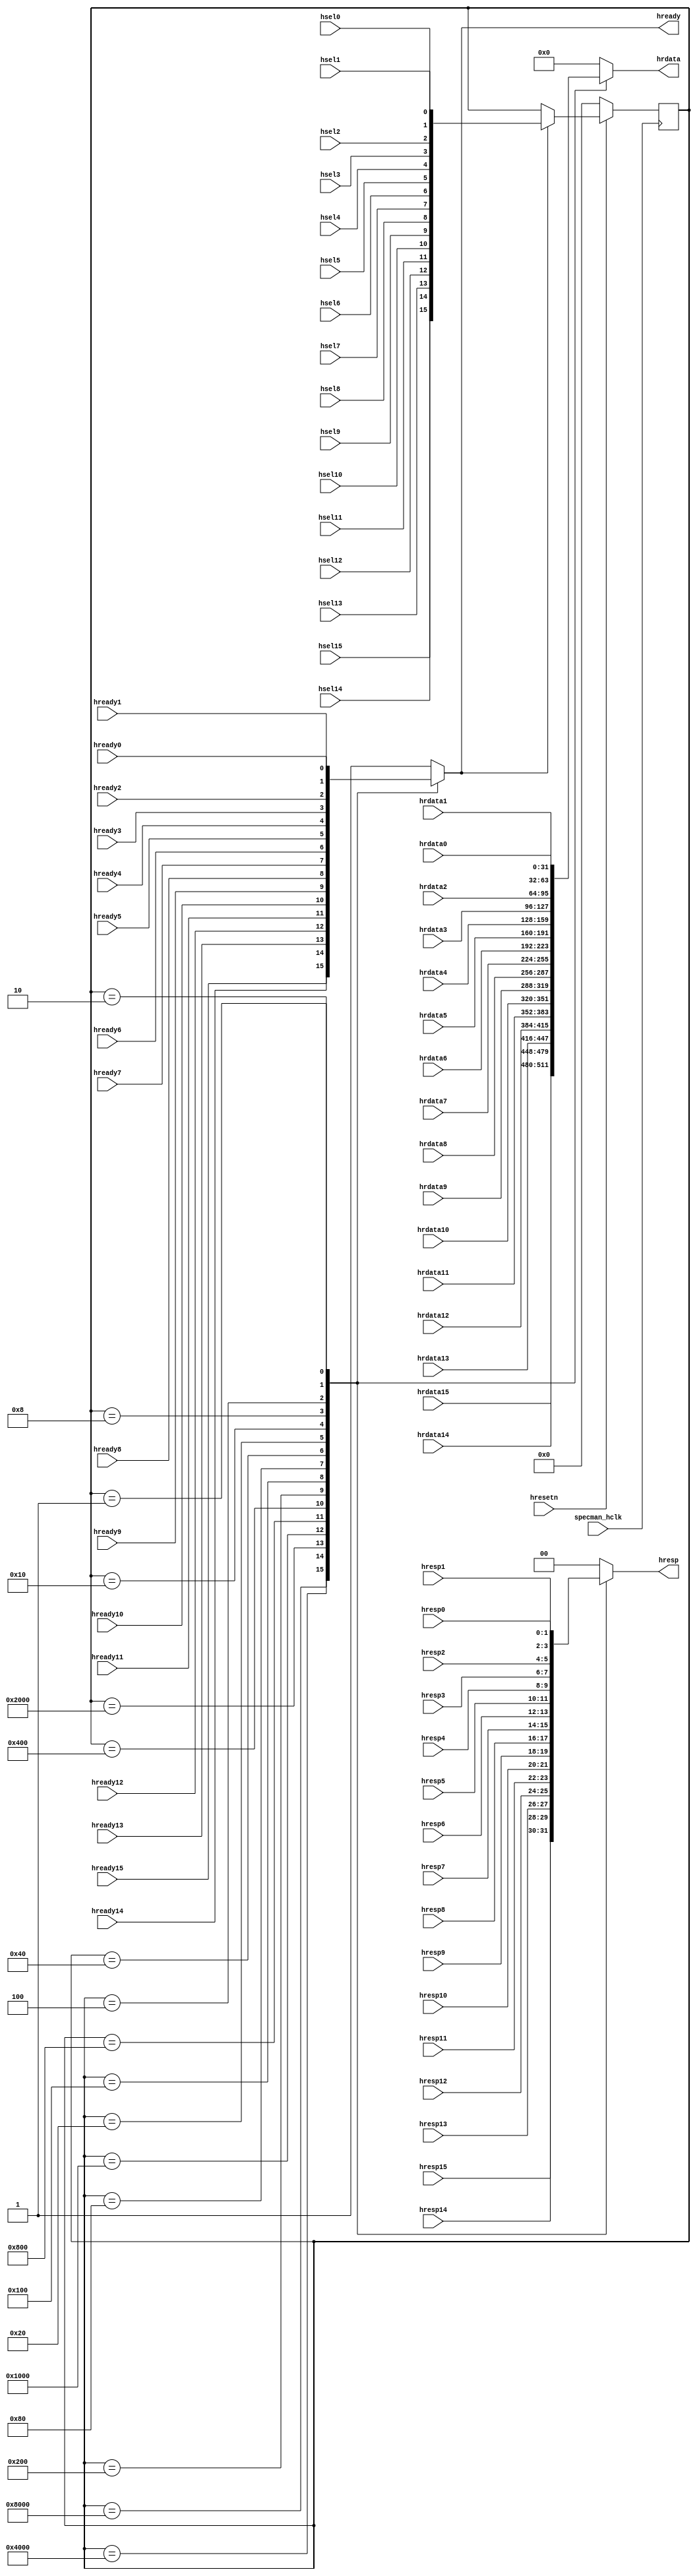
/*-------------------------------------------------------------------------
File name   : slave_mux.v
Title       : Slave Mux
Project     : APB subsystem
Created     : November 2010
Description : Slave Mux Block

Notes       : 
-------------------------------------------------------------------------*/
//   Copyright 1999-2010 Cadence Design Systems, Inc.
//   All Rights Reserved Worldwide
//
//   Licensed under the Apache License, Version 2.0 (the
//   "License"); you may not use this file except in
//   compliance with the License.  You may obtain a copy of
//   the License at
//
//   http://www.apache.org/licenses/LICENSE-2.0
//
//   Unless required by applicable law or agreed to in
//   writing, software distributed under the License is
//   distributed on an "AS IS" BASIS, WITHOUT WARRANTIES OR
//   CONDITIONS OF ANY KIND, either express or implied.  See
//   the License for the specific language governing
//   permissions and limitations under the License.
//----------------------------------------------------------------------

`timescale 1ns/10ps

// ahb_verilog.v

`define AHB_DATA_WIDTH          32              // AHB bus data width [32/64]
`define AHB_ADDR_WIDTH          32              // AHB bus address width [32/64]
`define AHB_DATA_MAX_BIT        31              // MUST BE: AHB_DATA_WIDTH - 1
`define AHB_ADDRESS_MAX_BIT     31              // MUST BE: AHB_ADDR_WIDTH - 1


`define DEFAULT_HREADY_VALUE    1'b1                    // Ready Asserted
`define DEFAULT_HRESP_VALUE     2'b00                   // OKAY Response
`define DEFAULT_HRDATA_VALUE    {`AHB_DATA_WIDTH{1'b0}} // All zeros




module slave_mux(//output
           hready,hresp,hrdata,
           //input
           hready0,hready1,hready2,hready3,hready4, 
           hready5,hready6,hready7,hready8, 
           hready9,hready10,hready11,hready12, 
           hready13,hready14,hready15,
           hresp0,hresp1,hresp2,hresp3,hresp4,hresp5, 
           hresp6,hresp7,hresp8,hresp9,hresp10, 
           hresp11,hresp12,hresp13,hresp14,hresp15,
           hrdata0,hrdata1,hrdata2,hrdata3,hrdata4,hrdata5, 
           hrdata6,hrdata7,hrdata8,hrdata9,hrdata10, 
           hrdata11,hrdata12,hrdata13,hrdata14,hrdata15,
           hsel0,hsel1,hsel2,hsel3,hsel4,
           hsel5,hsel6,hsel7,hsel8,hsel9,
           hsel10,hsel11,hsel12,hsel13,hsel14,hsel15,specman_hclk,hresetn );

   
        
   // AHB Slave Pre-Multiplexed Signals

  input  hready0 , hready1 , hready2 , hready3 ;
  input  hready4 , hready5 , hready6 , hready7 ;
  input  hready8 , hready9 , hready10, hready11;   
  input  hready12, hready13, hready14, hready15;

  input  [1:0] hresp0 , hresp1 , hresp2 , hresp3 ;
  input  [1:0] hresp4 , hresp5 , hresp6 , hresp7 ;
  input  [1:0] hresp8 , hresp9 , hresp10, hresp11;   
  input  [1:0] hresp12, hresp13, hresp14, hresp15;
  
  input  [`AHB_DATA_MAX_BIT:0] hrdata0 , hrdata1 , hrdata2 , hrdata3 ;
  input  [`AHB_DATA_MAX_BIT:0] hrdata4 , hrdata5 , hrdata6 , hrdata7 ;
  input  [`AHB_DATA_MAX_BIT:0] hrdata8 , hrdata9 , hrdata10, hrdata11;   
  input  [`AHB_DATA_MAX_BIT:0] hrdata12, hrdata13, hrdata14, hrdata15;

  //input  [15:0]  sel_reg;

  input hsel0 , hsel1 , hsel2 , hsel3;
  input hsel4 , hsel5 , hsel6 , hsel7;
  input hsel8 , hsel9 , hsel10 , hsel11;
  input hsel12 , hsel13 , hsel14 , hsel15;
 
  input specman_hclk;
  input hresetn;

  output       hready; 
  output [1:0] hresp;
  output [`AHB_DATA_MAX_BIT:0] hrdata;


  wire   hready0 , hready1 , hready2 , hready3 ;
  wire   hready4 , hready5 , hready6 , hready7 ;
  wire   hready8 , hready9 , hready10, hready11;   
  wire   hready12, hready13, hready14, hready15;

  wire   [1:0] hresp0 , hresp1 , hresp2 , hresp3 ;
  wire   [1:0] hresp4 , hresp5 , hresp6 , hresp7 ;
  wire   [1:0] hresp8 , hresp9 , hresp10, hresp11;   
  wire   [1:0] hresp12, hresp13, hresp14, hresp15;
  
  wire   [`AHB_DATA_MAX_BIT:0] hrdata0 , hrdata1 , hrdata2 , hrdata3 ;
  wire   [`AHB_DATA_MAX_BIT:0] hrdata4 , hrdata5 , hrdata6 , hrdata7 ;
  wire   [`AHB_DATA_MAX_BIT:0] hrdata8 , hrdata9 , hrdata10, hrdata11;   
  wire   [`AHB_DATA_MAX_BIT:0] hrdata12, hrdata13, hrdata14, hrdata15;

  wire   specman_hclk;
  wire   hresetn;
  
  reg       hready;
  reg [1:0] hresp; 
  reg [`AHB_DATA_MAX_BIT:0]  hrdata;

  reg [15:0] sel_reg;

  
  always @ ( posedge specman_hclk )
    begin : DATA_MUX_CONTROL
      
      if ( hresetn == 1'b0 )
      begin
        sel_reg     <= 16'h0000;
      end // if ( !hreset_n )
     else
      if ( hready == 1'b1 )
      begin
	sel_reg <= { hsel15, hsel14, hsel13, hsel12,
                     hsel11, hsel10, hsel9,  hsel8,
                     hsel7,  hsel6,  hsel5,  hsel4,
                     hsel3,  hsel2,  hsel1,  hsel0 };
      end // if ( hready )
    end // block: DATA_MUX_CONTROL



 // Slave response multiplexor
  
  always @ ( hready0  or hready1  or hready2  or hready3  or
	     hready4  or hready5  or hready6  or hready7  or
	     hready8  or hready9  or hready10 or hready11 or
	     hready12 or hready13 or hready14 or hready15 or

	     hresp0  or hresp1  or hresp2  or hresp3  or
	     hresp4  or hresp5  or hresp6  or hresp7  or
	     hresp8  or hresp9  or hresp10 or hresp11 or
	     hresp12 or hresp13 or hresp14 or hresp15 or

	     hrdata0  or hrdata1  or hrdata2  or hrdata3  or
	     hrdata4  or hrdata5  or hrdata6  or hrdata7  or
	     hrdata8  or hrdata9  or hrdata10 or hrdata11 or
	     hrdata12 or hrdata13 or hrdata14 or hrdata15 or
	     
             sel_reg )
    
  begin : SLAVE_RESPONSE_MUX
	
    case ( sel_reg )
      
      16'h8000 : begin
	
	hready <= hready15; 
	hresp  <= hresp15;
	hrdata <= hrdata15;

      end // case: 16'h8000
      
      16'h4000 : begin
	
	hready <= hready14;
	hresp  <= hresp14;
     	hrdata <= hrdata14;

      end // case: 16'h4000
      
      16'h2000 : begin
	
	hready <= hready13;
	hresp  <= hresp13;
      	hrdata <= hrdata13;

      end // case: 16'h2000
      
      16'h1000 : begin
	
	hready <= hready12;
	hresp  <= hresp12;
      	hrdata <= hrdata12;

      end // case: 16'h1000
      
      16'h0800 : begin 
	
	hready <= hready11;
	hresp  <= hresp11;
      	hrdata <= hrdata11;

      end // case: 16'h0800
      
      16'h0400 : begin
	
	hready <= hready10;
	hresp  <= hresp10;
	hrdata <= hrdata10;

      end // case: 16'h0400
      
      16'h0200 : begin
	
	hready <= hready9;
	hresp  <= hresp9;
      	hrdata <= hrdata9;

      end // case: 16'h0200
      
      16'h0100 : begin
	
	hready <= hready8;
	hresp  <= hresp8;
	hrdata <= hrdata8;

      end // case: 16'h0100
      
      16'h0080 : begin
	
	hready <= hready7;
	hresp  <= hresp7;
	hrdata <= hrdata7;

      end // case: 16'h0080
      
      16'h0040 : begin
	
	hready <= hready6;
	hresp  <= hresp6;
	hrdata <= hrdata6;

      end // case: 16'h0040
      
      16'h0020 : begin 
	
	hready <= hready5;
	hresp  <= hresp5;
	hrdata <= hrdata5;
      
      end // case: 16'h0020
      
      16'h0010 : begin

	hready <= hready4;
	hresp  <= hresp4;
	hrdata <= hrdata4;

      end // case: 16'h0010
      
      16'h0008 : begin 
	
	hready <= hready3;
	hresp  <= hresp3;
	hrdata <= hrdata3;
	
      end // case: 16'h0008
      
      16'h0004 : begin

	hready <= hready2;
	hresp  <= hresp2;
	hrdata <= hrdata2;
	
      end // case: 16'h0004
      
      16'h0002 : begin 
	
	hready <= hready1;
	hresp  <= hresp1;
	hrdata <= hrdata1;

      end // case: 16'h0002
      
      16'h0001 : begin
	
	hready <= hready0;
	hresp  <= hresp0;
     	hrdata <= hrdata0;

      end // case: 16'h0001
      
      default  : begin
	
	hready <= `DEFAULT_HREADY_VALUE;
	hresp  <= `DEFAULT_HRESP_VALUE;
	hrdata <= `DEFAULT_HRDATA_VALUE;
	
      end // case: default
      
    endcase // case( sel_reg )
  end // block: RESPONSE_MUX
endmodule